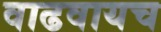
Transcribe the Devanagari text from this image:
वाढवायच